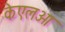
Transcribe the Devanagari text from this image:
केएलओ